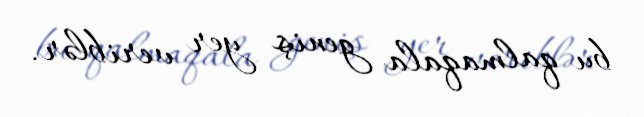
bu qalmaqala geniş yer veriblər.